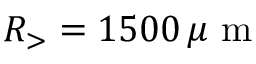
R _ { > } = 1 5 0 0 \, \mu \mathrm { ~ m ~ }